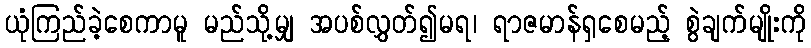
ယုံကြည်ခဲ့စေကာမူ မည်သို့မျှ အပစ်လွှတ်၍မရ၊ ရာဇမာန်ရှစေမည့် စွဲချက်မျိုးကို